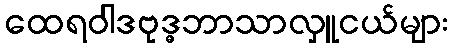
ထေရဝါဒဗုဒ္ဓဘာသာလှူငယ်များ